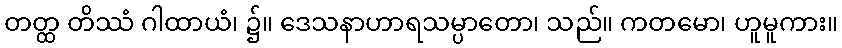
တတ္ထ တိဿံ ဂါထာယံ၊ ၌။ ဒေသနာဟာရသမ္ပာတော၊ သည်။ ကတမော၊ ဟူမူကား။